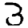
Digit: 3